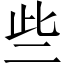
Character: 些